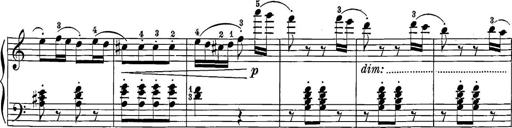
Title: 12 Sonatine per Pianoforte
Composer: Friedrich Kuhlau